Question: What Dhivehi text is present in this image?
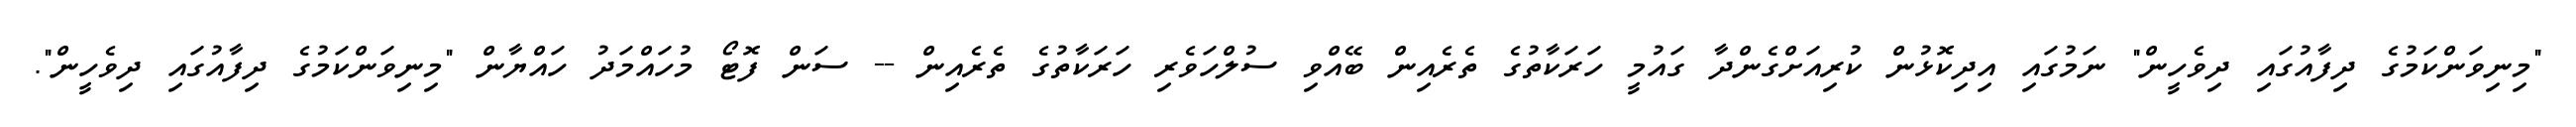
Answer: "މިނިވަންކަމުގެ ދިފާއުގައި ދިވެހީން" ނަމުގައި އިދިކޮޅުން ކުރިއަށްގެންދާ ގައުމީ ހަރަކާތުގެ ތެރެއިން ބޭއްވި ސުލްހަވެރި ހަރަކާތުގެ ތެރެއިން -- ސަން ފޮޓޯ މުހައްމަދު ހައްޔާން "މިނިވަންކަމުގެ ދިފާއުގައި ދިވެހީން".